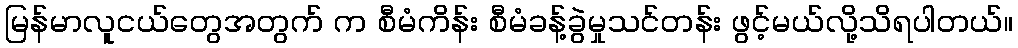
မြန်မာလူငယ်တွေအတွက် က စီမံကိန်း စီမံခန့်ခွဲမှုသင်တန်း ဖွင့်မယ်လို့သိရပါတယ်။